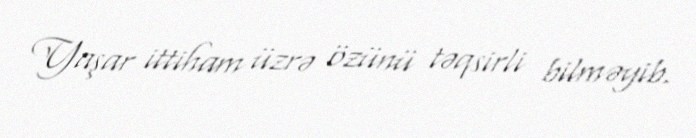
Yaşar ittiham üzrə özünü təqsirli bilməyib.